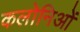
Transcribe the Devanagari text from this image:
कलोनिओं